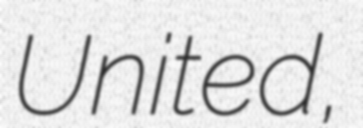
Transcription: United,